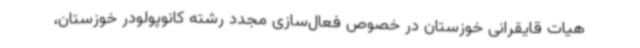
هیات قایقرانی خوزستان در خصوص فعال‌سازی مجدد رشته کانوپولودر خوزستان،